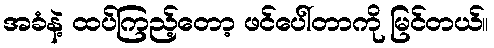
အခံနဲ့ ထပ်ကြည့်တော့ ဖင်ပေါ်တာကို မြင်တယ်။